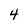
Character: 4